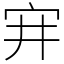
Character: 宑